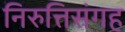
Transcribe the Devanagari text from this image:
निरुत्तिसंगह